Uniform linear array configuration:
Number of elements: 8
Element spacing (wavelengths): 1
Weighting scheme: hann
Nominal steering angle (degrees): -30
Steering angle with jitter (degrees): -29.771
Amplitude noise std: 0.05
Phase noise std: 0.05

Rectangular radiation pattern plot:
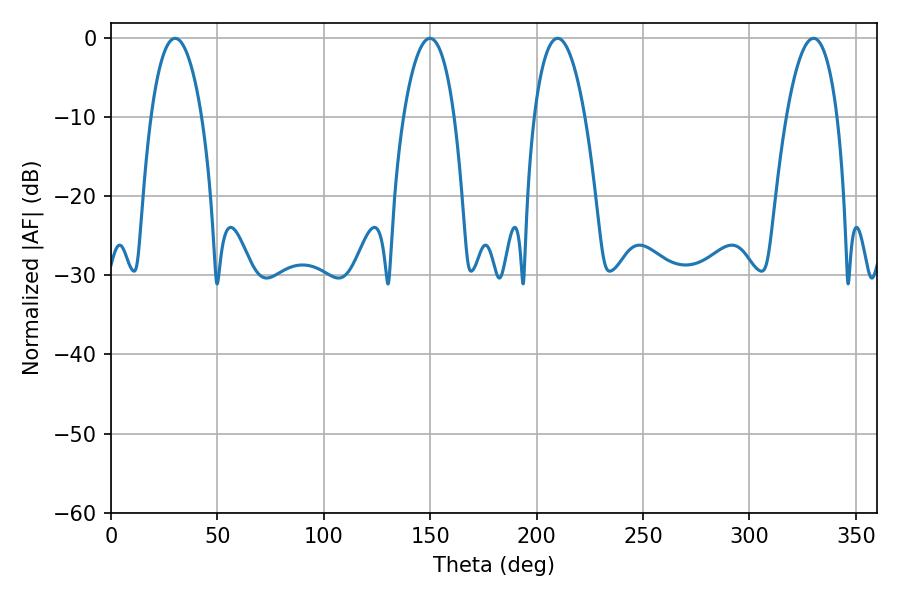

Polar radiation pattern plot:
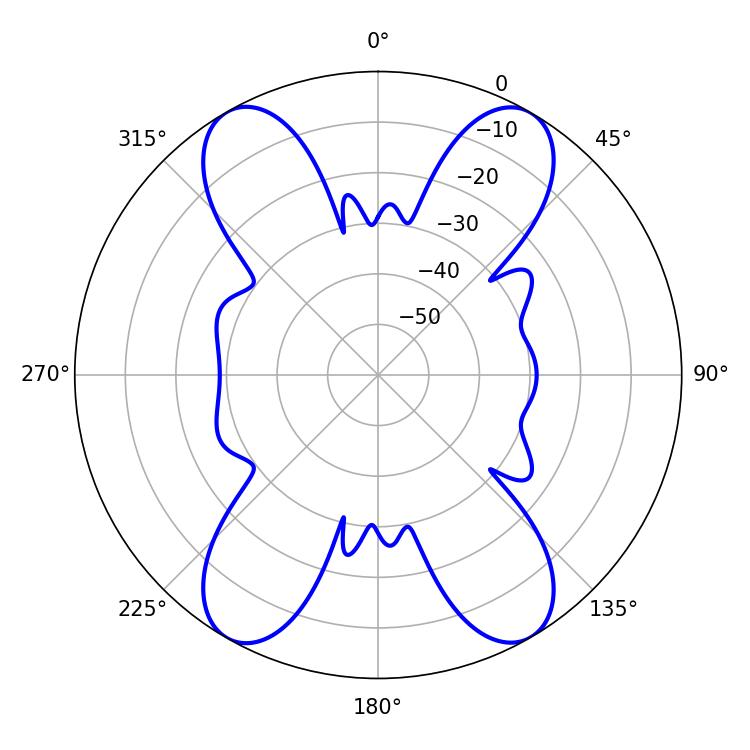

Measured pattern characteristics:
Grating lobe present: TRUE
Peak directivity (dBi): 43.997
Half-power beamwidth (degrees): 13.5
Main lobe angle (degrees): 209.88